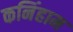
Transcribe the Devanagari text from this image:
कनिंहाम